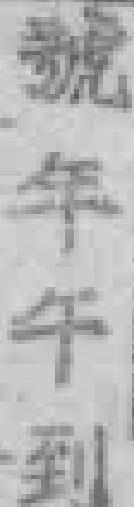
號年午到